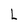
Character: L